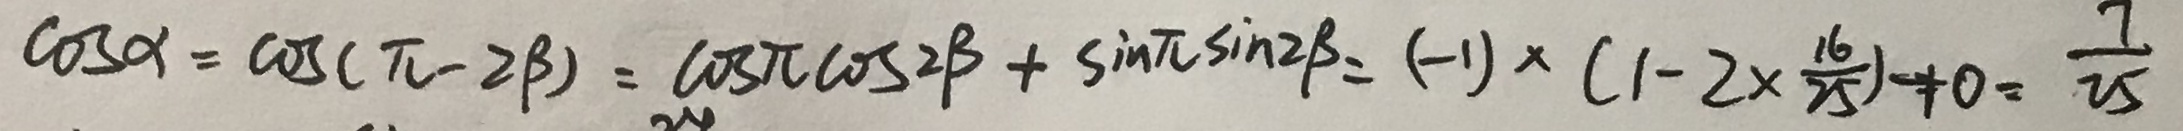
\cos \alpha = \cos ( \pi - 2 \beta ) = \cos \pi \cos 2 \beta + \sin \pi \sin 2 \beta = ( - 1 ) \times ( 1 - 2 \times \frac { 1 6 } { 2 5 } ) + 0 = \frac { 7 } { 2 5 }